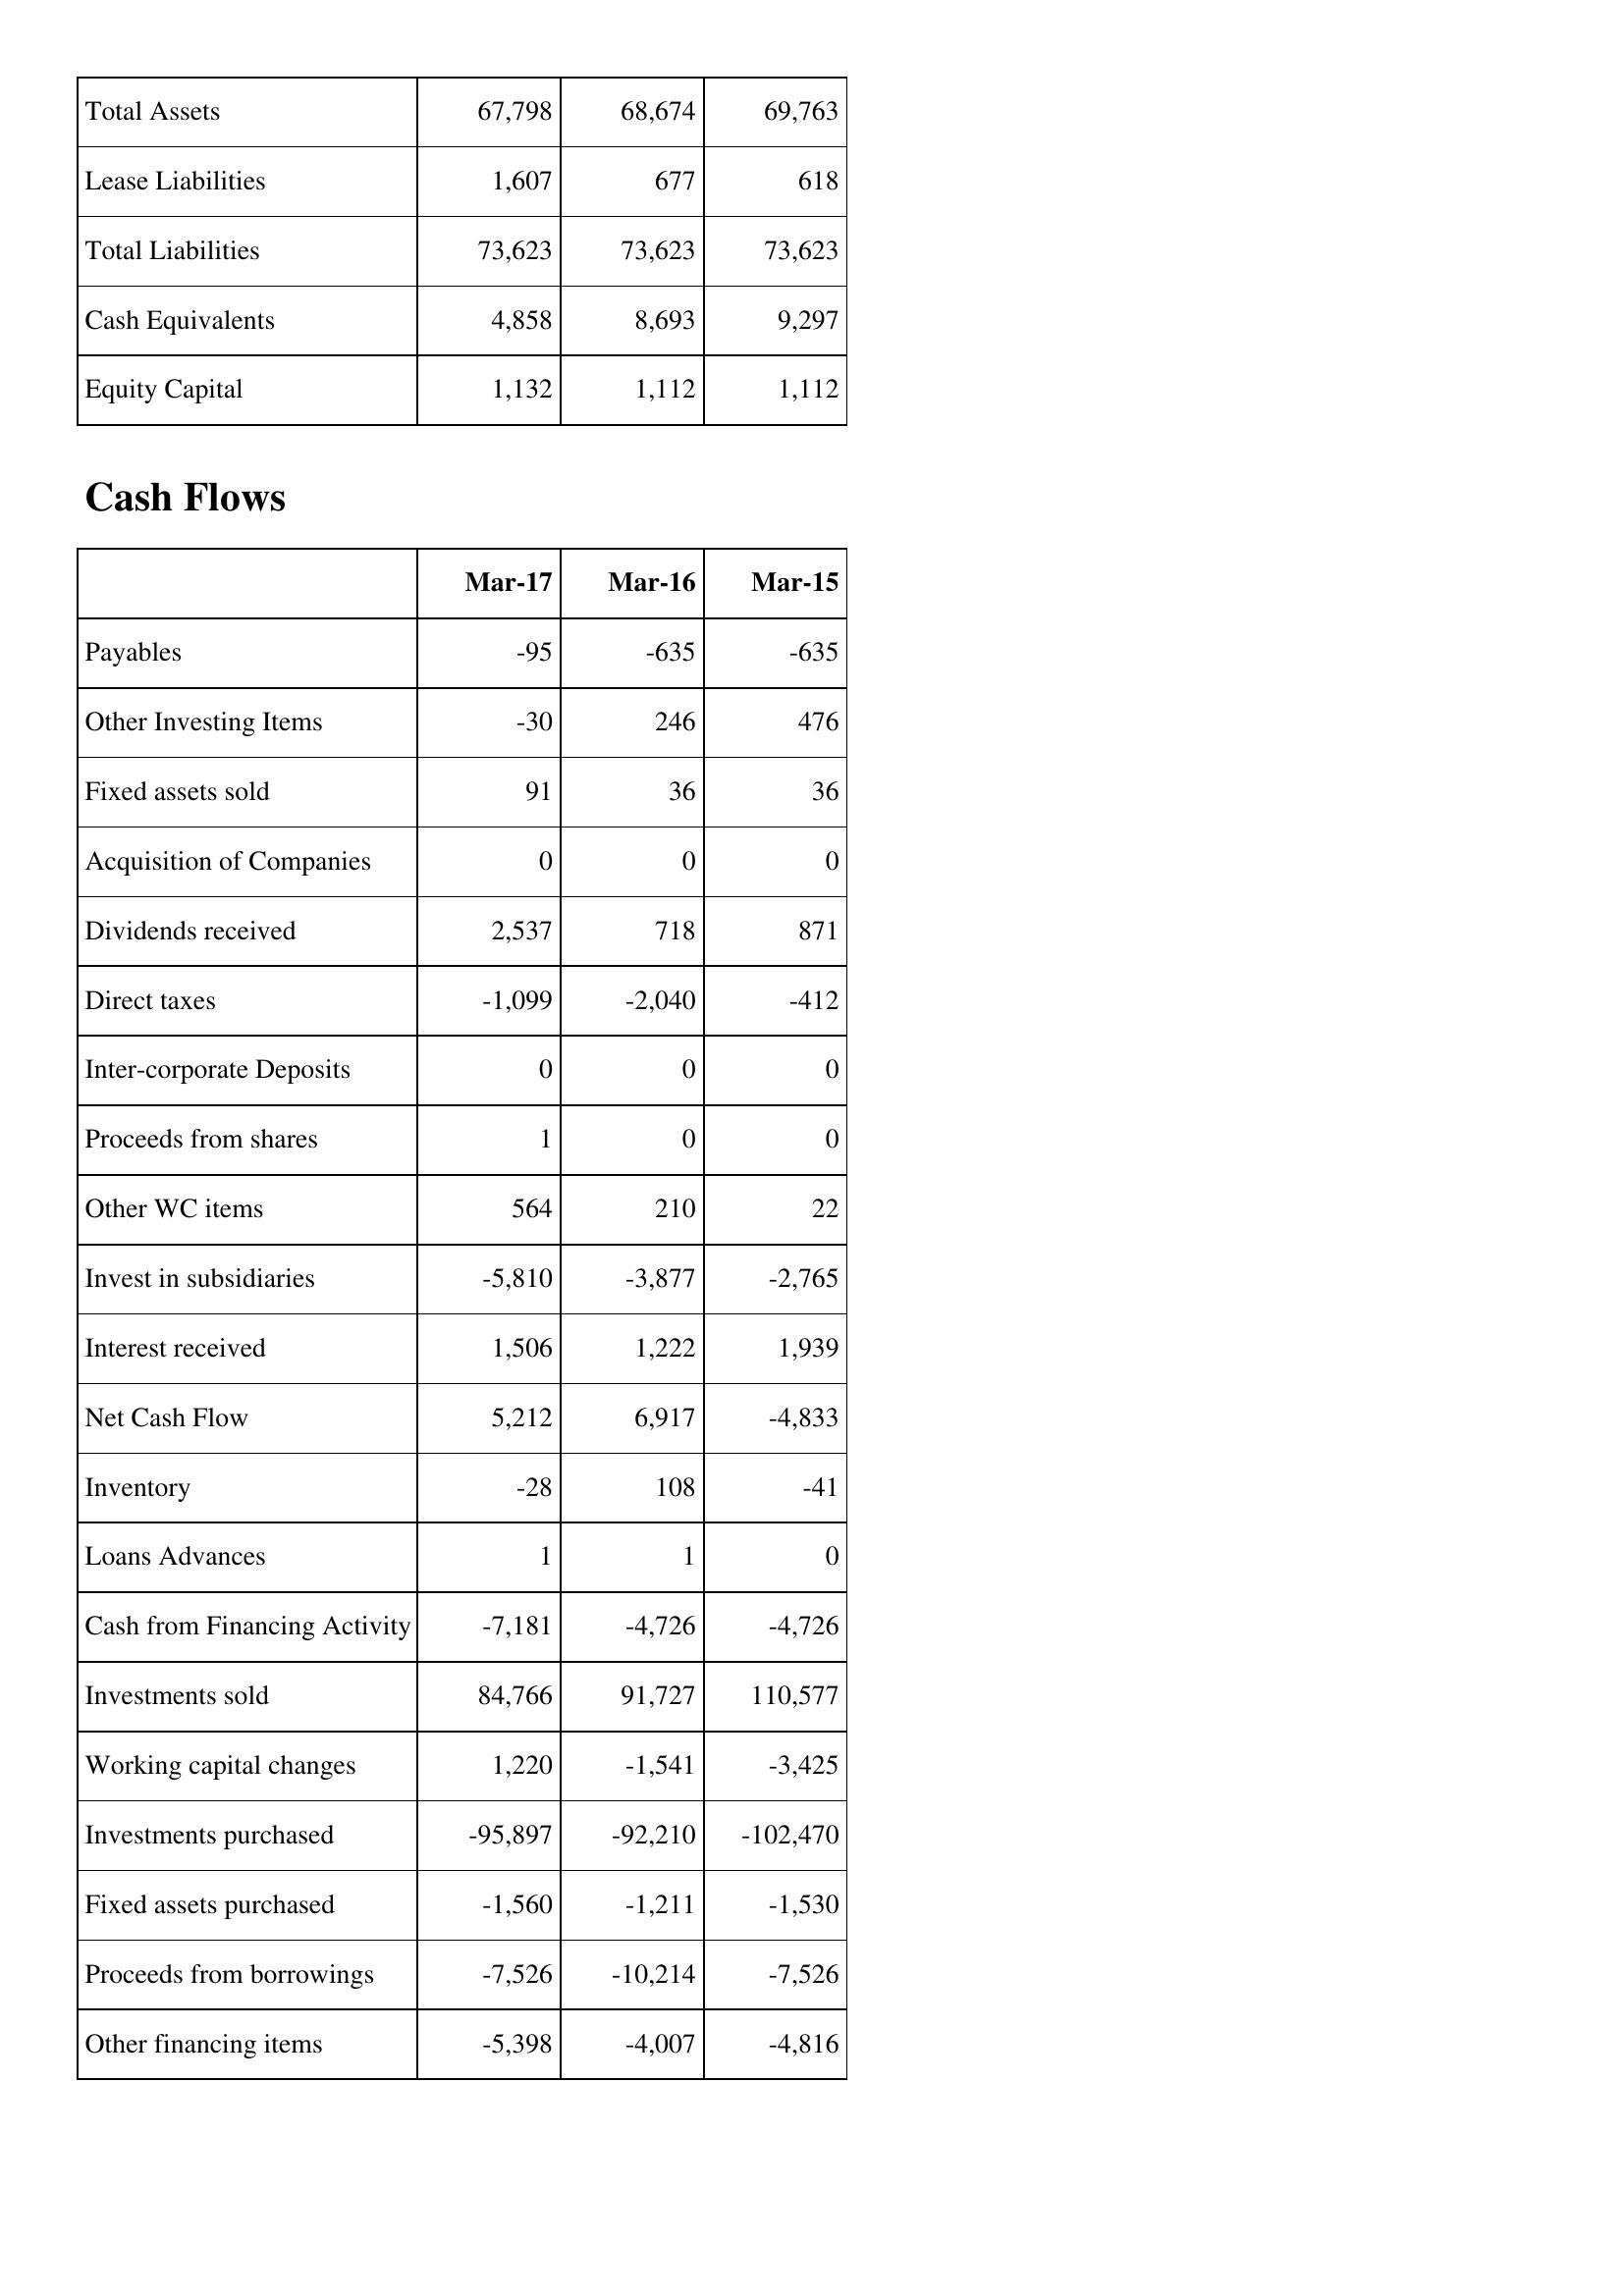
Mar-17: Balance Sheet: Total Assets: 67,798
Lease Liabilities: 1,607
Total Liabilities: 73,623
Cash Equivalents: 4,858
Equity Capital: 1,132
Cash Flows: Payables: -95
Other Investing Items: -30
Fixed assets sold: 91
Acquisition of Companies: 0
Dividends received: 2,537
Direct taxes: -1,099
Inter-corporate Deposits: 0
Proceeds from shares: 1
Other WC items: 564
Invest in subsidiaries: -5,810
Interest received: 1,506
Net Cash Flow: 5,212
Inventory: -28
Loans Advances: 1
Cash from Financing Activity: -7,181
Investments sold: 84,766
Working capital changes: 1,220
Investments purchased: -95,897
Fixed assets purchased: -1,560
Proceeds from borrowings: -7,526
Other financing items: -5,398
Mar-16: Balance Sheet: Total Assets: 68,674
Lease Liabilities: 677
Total Liabilities: 73,623
Cash Equivalents: 8,693
Equity Capital: 1,112
Cash Flows: Payables: -635
Other Investing Items: 246
Fixed assets sold: 36
Acquisition of Companies: 0
Dividends received: 718
Direct taxes: -2,040
Inter-corporate Deposits: 0
Proceeds from shares: 0
Other WC items: 210
Invest in subsidiaries: -3,877
Interest received: 1,222
Net Cash Flow: 6,917
Inventory: 108
Loans Advances: 1
Cash from Financing Activity: -4,726
Investments sold: 91,727
Working capital changes: -1,541
Investments purchased: -92,210
Fixed assets purchased: -1,211
Proceeds from borrowings: -10,214
Other financing items: -4,007
Mar-15: Balance Sheet: Total Assets: 69,763
Lease Liabilities: 618
Total Liabilities: 73,623
Cash Equivalents: 9,297
Equity Capital: 1,112
Cash Flows: Payables: -635
Other Investing Items: 476
Fixed assets sold: 36
Acquisition of Companies: 0
Dividends received: 871
Direct taxes: -412
Inter-corporate Deposits: 0
Proceeds from shares: 0
Other WC items: 22
Invest in subsidiaries: -2,765
Interest received: 1,939
Net Cash Flow: -4,833
Inventory: -41
Loans Advances: 0
Cash from Financing Activity: -4,726
Investments sold: 110,577
Working capital changes: -3,425
Investments purchased: -102,470
Fixed assets purchased: -1,530
Proceeds from borrowings: -7,526
Other financing items: -4,816